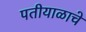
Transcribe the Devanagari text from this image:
पतीयाळाचे